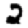
Digit: 2